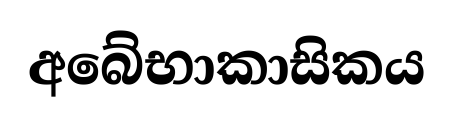
අබේභාකාසිකය